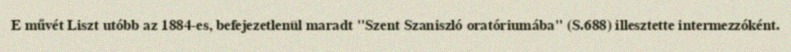
E művét Liszt utóbb az 1884-es, befejezetlenül maradt "Szent Szaniszló oratóriumába" (S.688) illesztette intermezzóként.